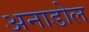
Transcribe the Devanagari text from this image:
अनाडोल